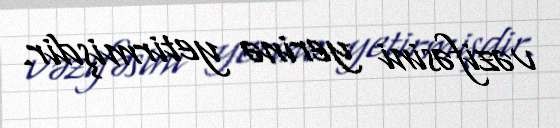
vəzifəsini yerinə yetirmişdir.